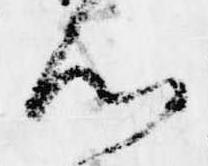
ん